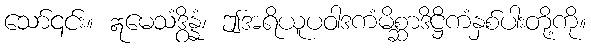
သော်၎င်း။ ဣမေသံဒွိန္နံ၊ ဤအရိယူပဝါဒကံမိစ္ဆာဒိဋ္ဌိကံနှစ်ပါးတို့ကို။